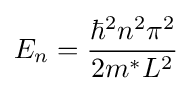
E_{n}={\frac {\hbar ^{2}n^{2}\pi ^{2}}{2m^{*}L^{2}}}